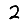
Digit: 2